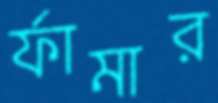
র্ফামার